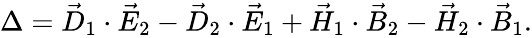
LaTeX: \begin{array}{r}{\Delta=\vec{D}_{1}\cdot\vec{E}_{2}-\vec{D}_{2}\cdot\vec{E}_{1}+\vec{H}_{1}\cdot\vec{B}_{2}-\vec{H}_{2}\cdot\vec{B}_{1}.}\end{array}